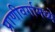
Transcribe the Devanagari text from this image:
प्राणीवर्गामध्ये